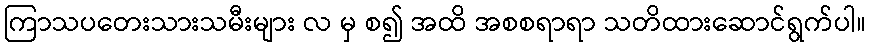
ကြာသပတေးသားသမီးများ လ မှ စ၍ အထိ အစစရာရာ သတိထားဆောင်ရွက်ပါ။